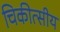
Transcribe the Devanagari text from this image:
चिकीत्सीय